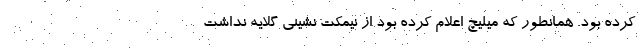
کرده بود. همانطور که میلیچ اعلام کرده بود از نیمکت نشینی گلایه نداشت